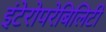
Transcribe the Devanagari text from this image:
इंटेरोपरेबिलिटी